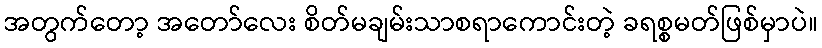
အတွက်တော့ အတော်လေး စိတ်မချမ်းသာစရာကောင်းတဲ့ ခရစ္စမတ်ဖြစ်မှာပဲ။